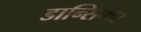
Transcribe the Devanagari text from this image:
डान्सिगर